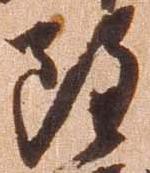
雖